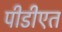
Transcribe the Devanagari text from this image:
पीडीएत